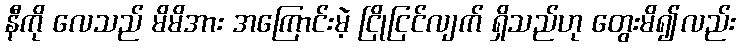
နီကို လေသည် မိမိအား အကြောင်းမဲ့ ငြိုငြင်လျက် ရှိသည်ဟု တွေးမိ၍လည်း